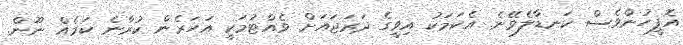
އޮފީހުންވެސް ކަނޑާލެވޭނެ. އެކަމަކު އިވީގެ ދަރަޖައަށް ވެއްޓުމަކީ އަހަރެން ކުރާނެ ކަމެއް ނޫން.